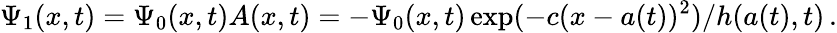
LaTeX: \Psi_{1}(x,t)=\Psi_{0}(x,t)A(x,t)=-\Psi_{0}(x,t)\exp(-c(x-a(t))^{2})/h(a(t),t)\, .